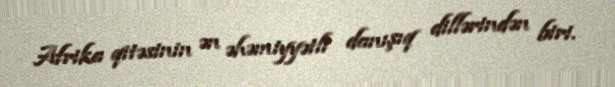
Afrika qitəsinin ən əhəmiyyətli danışıq dillərindən biri.